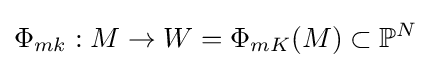
\Phi _{mk}:M\rightarrow W=\Phi _{mK}(M)\subset \mathbb {P} ^{N}